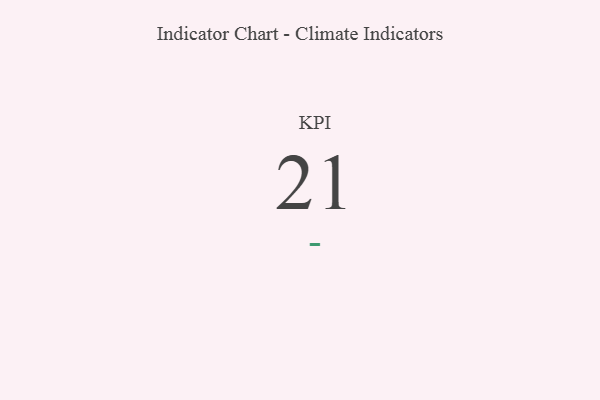
{"axis": {"x": "KPI", "y": "Value"}, "legend": [""], "data": [{"x": "KPI", "y": 21, "type": ""}]}